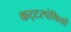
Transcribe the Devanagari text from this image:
कट्‍टरपंथियों